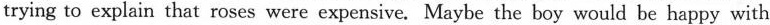
trying to explain that roses were expensive. Maybe the boy would be happy with